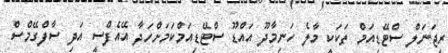
ރީޖަނަލް ސްޓޭޑިއަމް ތަކަކީ މާލެ ހަނިމާދޫ އައްޑޫ ސްޓޭޑިއަމްކަމަށްހަދާ އޭއެފްސީ އަދި ސާފްގޭމްސް